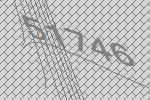
51746